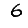
Digit: 6